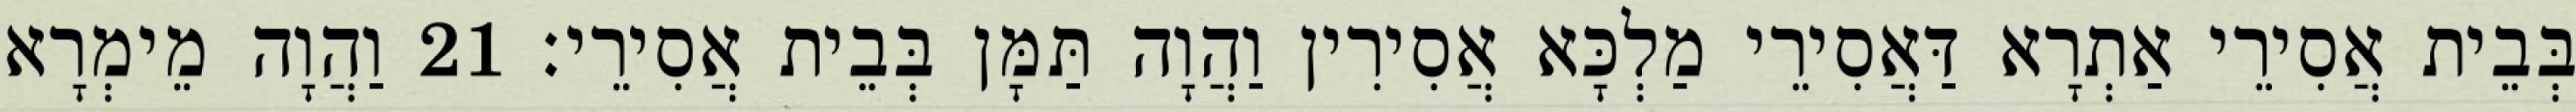
בְּבֵית אֲסִירֵי אַתְרָא דַּאֲסִירֵי מַלְכָּא אֲסִירִין וַהֲוָה תַּמָּן בְּבֵית אֲסִירֵי׃ 21 וַהֲוָה מֵימְרָא